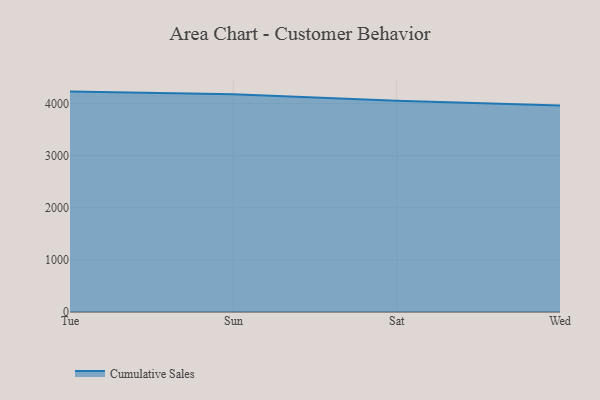
{"axis": {"x": "Day", "y": "Population (Million)"}, "legend": ["Cumulative Sales"], "data": [{"x": "Tue", "y": 4228.2, "type": "Cumulative Sales"}, {"x": "Sun", "y": 4179.0, "type": "Cumulative Sales"}, {"x": "Sat", "y": 4052.7, "type": "Cumulative Sales"}, {"x": "Wed", "y": 3960.2, "type": "Cumulative Sales"}]}